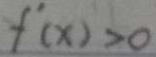
f ^ { \prime } ( x ) > 0